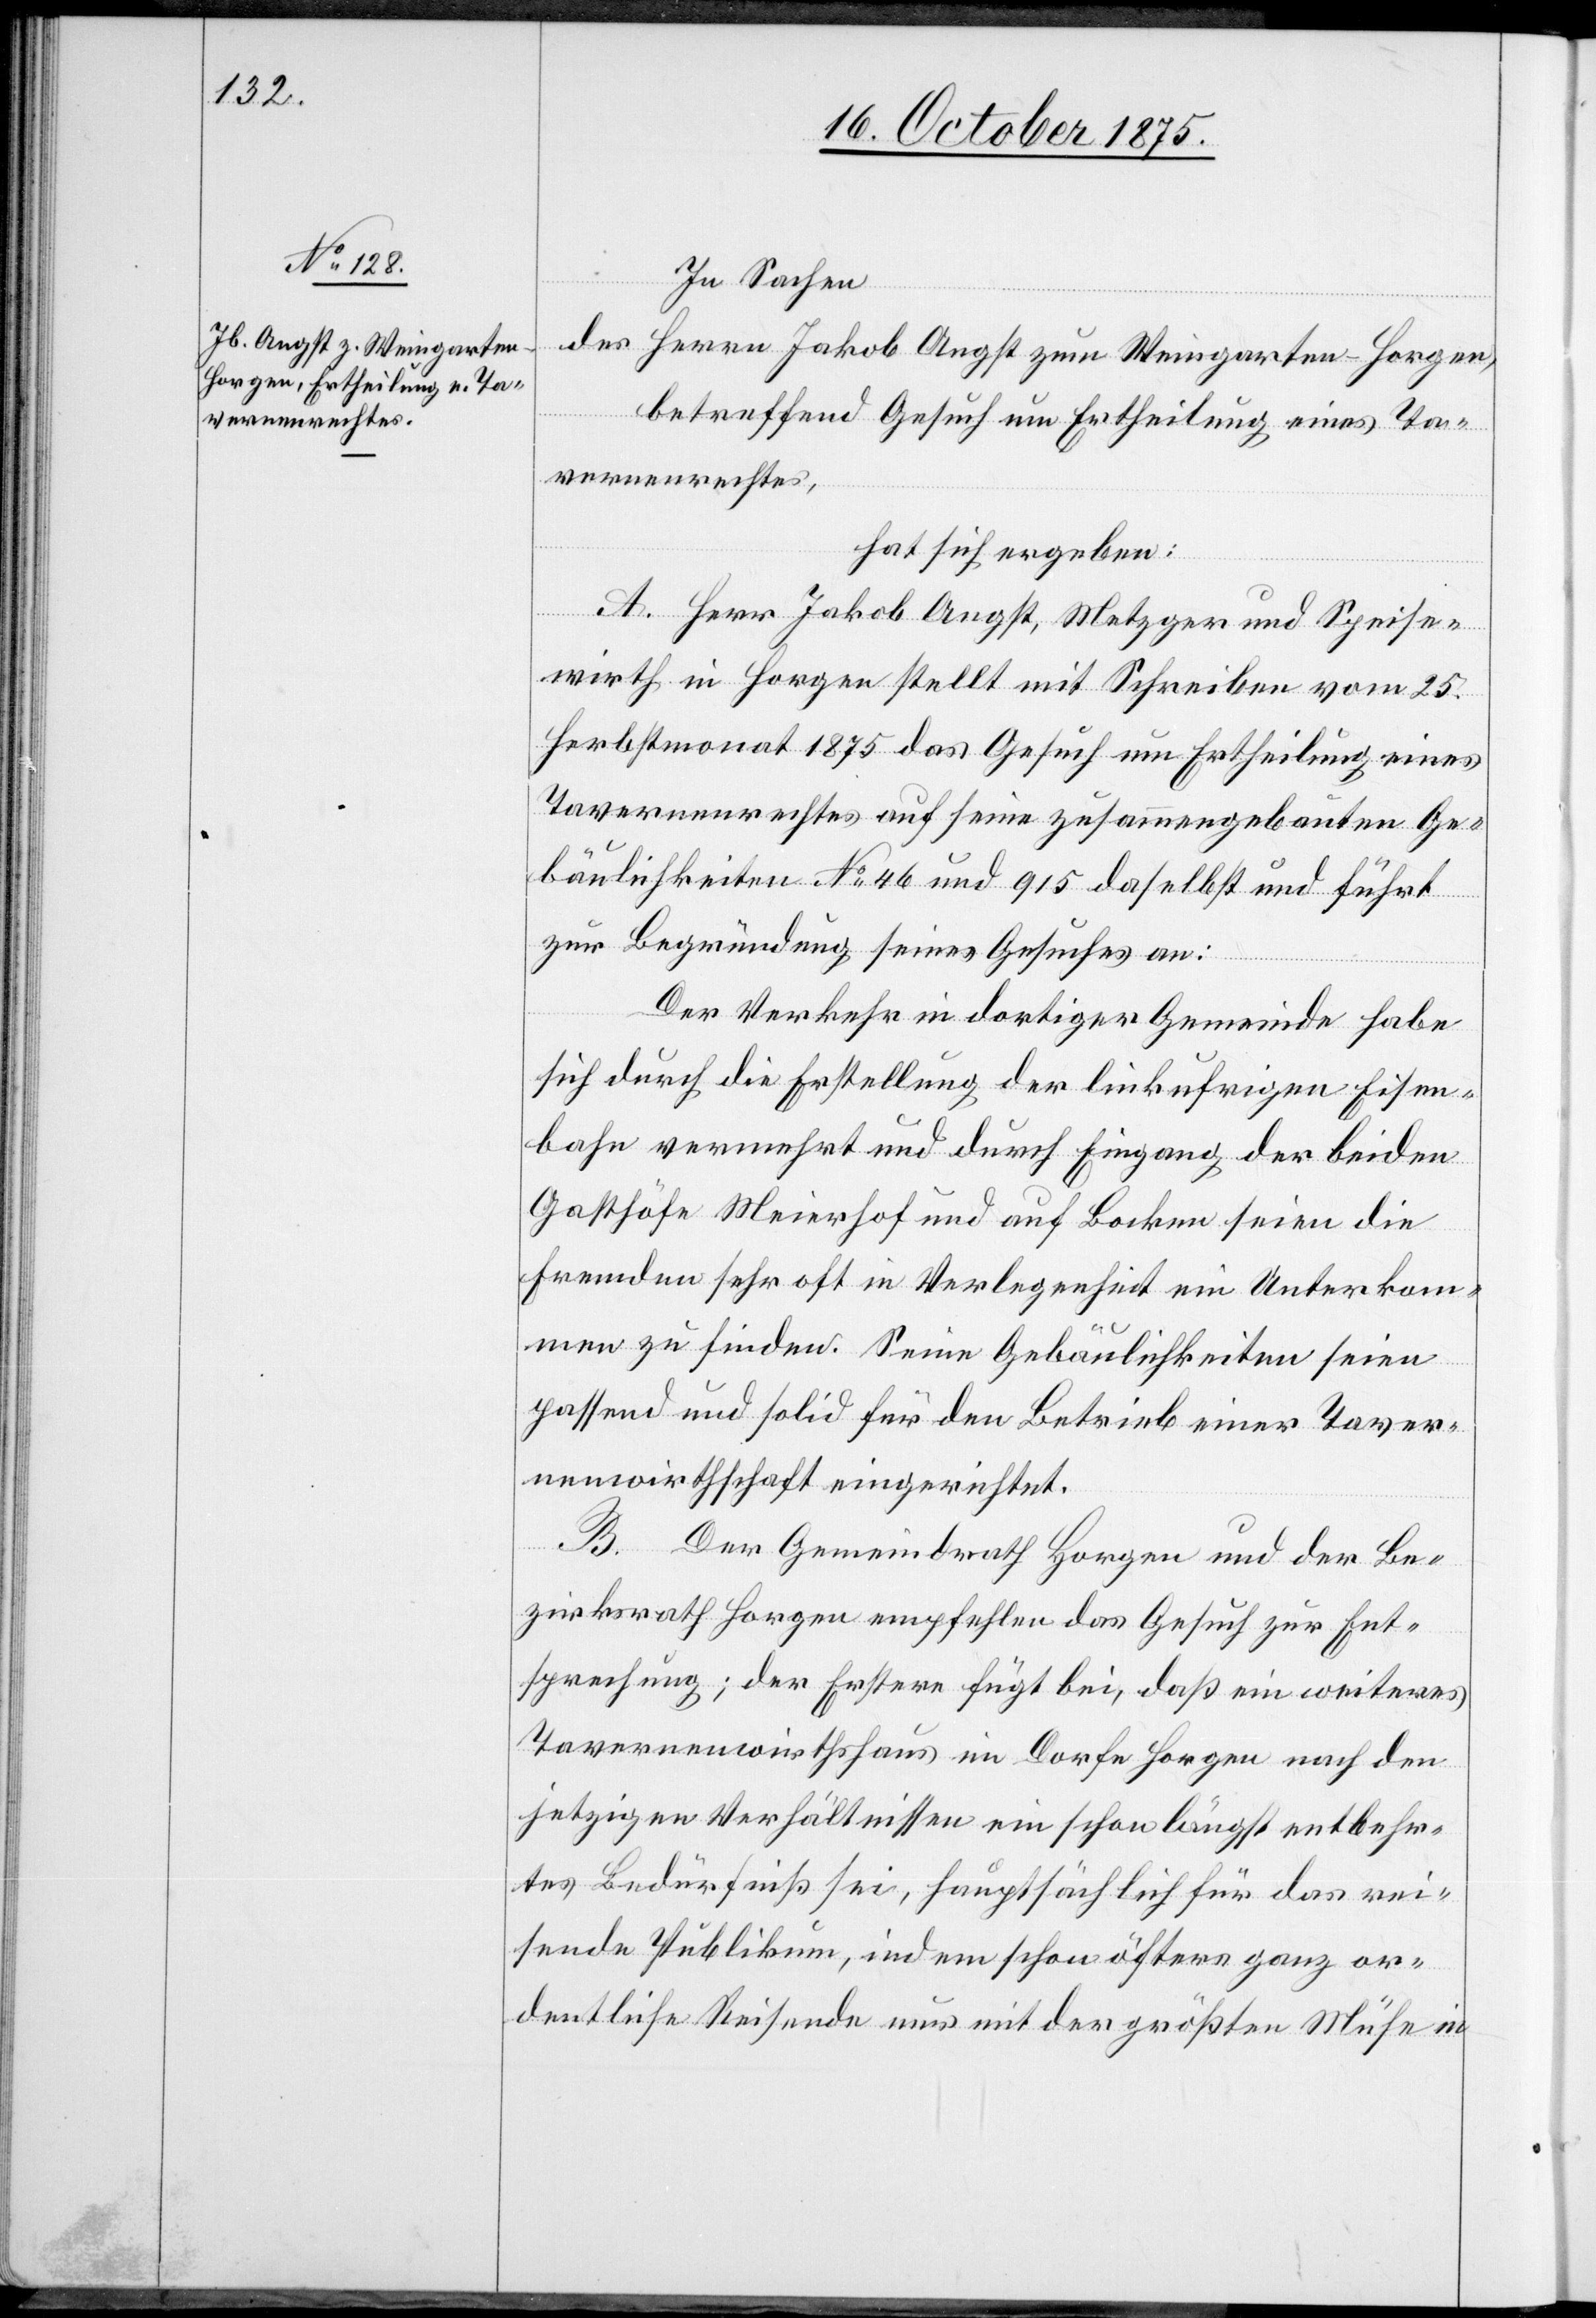
In Sachen
des Herrn Jakob Angst zum Weingarten - Horgen,
betreffend Gesuch um Ertheilung eines Ta¬
vernenrechtes,
hat sich ergeben:
A. Herr Jakob Angst, Metzger und Speise¬
wirth in Horgen stellt mit Schreiben vom 25.
Herbstmonat 1875 das Gesuch um Ertheilung eines
Tavernenrechtes auf seine zusammengebauten Ge¬
bäulichkeiten No 46 und 915 daselbst und führt
zur Begründung seines Gesuches an:
Der Verkehr in dortiger Gemeinde habe
sich durch die Erstellung der linkufrigen Eisen¬
bahn vermehrt und durch Eingang der beiden
Gasthöfe Meierhof und auf Bocken seien die
Fremden sehr oft in Verlegenheit ein Unterkom¬
men zu finden. Seine Gebäulichkeiten seien
passend und solid für den Betrieb einer Taver¬
nenwirthschaft eingerichtet.
B. Der Gemeindrath Horgen und der Be¬
zirksrath Horgen empfehlen das Gesuch zur Ent¬
sprechung; der Erstere fügt bei, daß ein weiteres
Tavernenwirthshaus im Dorfe Horgen nach den
jetzigen Verhältnissen ein schon längst entbehr¬
tes Bedürfniß sei, hauptsächlich für das rei¬
sende Publikum, indem schon öfters ganz or¬
dentliche Reisende nur mit der größten Mühe in